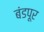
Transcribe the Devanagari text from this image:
बंडपूर